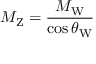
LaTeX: M _ { \mathrm { Z } } = { \frac { M _ { \mathrm { W } } } { \cos \theta _ { \mathrm { W } } } }